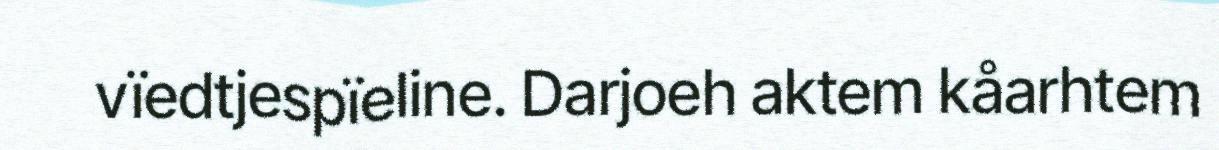
vïedtjespïeline. Darjoeh aktem kåarhtem